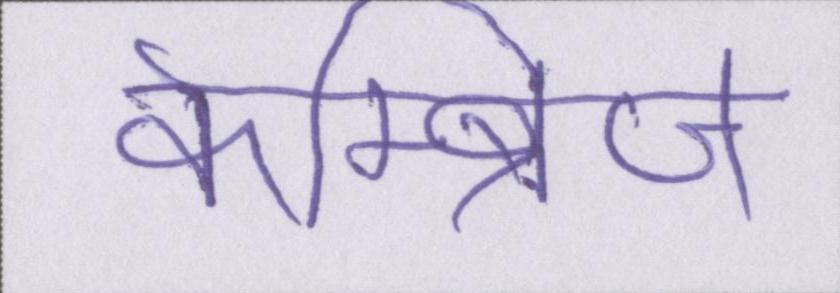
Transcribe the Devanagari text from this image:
केम्ब्रिज